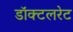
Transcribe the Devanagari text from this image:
डॉक्टलरेट